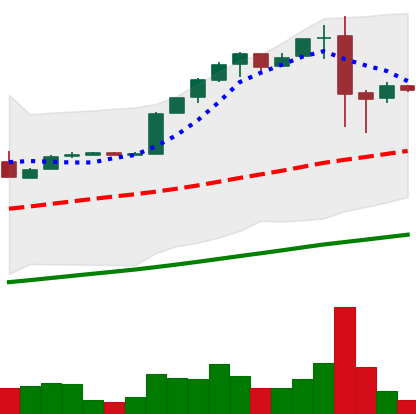
Ticker: BTC-USD
Chart end date: 2017-02-12
Forward return: 4.707%
Label: up_3_5